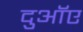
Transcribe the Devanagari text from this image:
दुआॅए